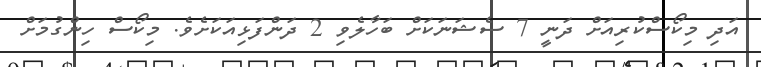
އަދި މިކޯސްކުރިއަށް ދަނީ 7 ސެޝަނަކަށް ބަހާލެވި 2 ދަންފަޅިއަކަށެވެ. މިކޯސް ހިންގުމަށް